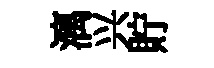
漓兴貯